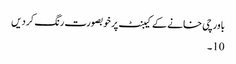
باورچی خانے کے کیبنٹ پر خوبصورت رنگ کر دیں
10۔